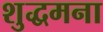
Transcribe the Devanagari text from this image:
शुद्धमना